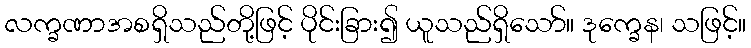
လက္ခဏာအစရှိသည်တို့ဖြင့် ပိုင်းခြား၍ ယူသည်ရှိသော်။ ဒုက္ခေန၊ သဖြင့်။